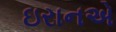
ઇરાનએ